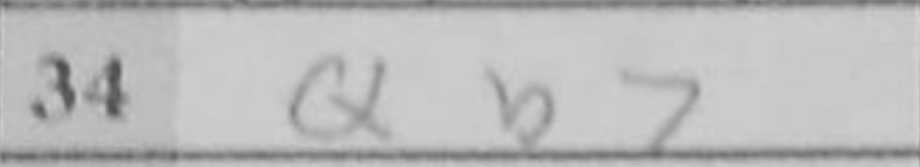
Transcription: Qb7